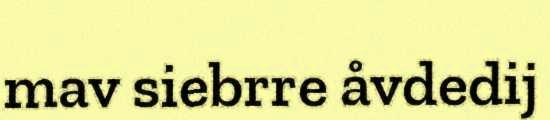
mav siebrre åvdedij